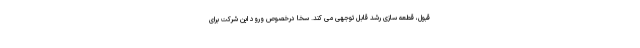
قبول، قطعه سازی رشد قابل توجهی می کند. سخا درخصوص ورود این شرکت برای